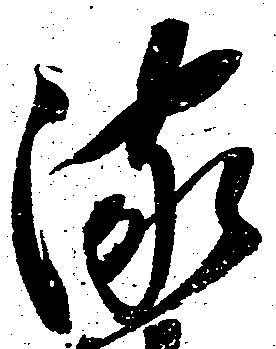
流